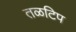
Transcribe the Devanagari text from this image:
तळटिप